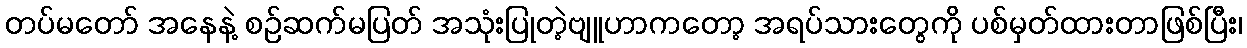
တပ်မတော် အနေနဲ့ စဉ်ဆက်မပြတ် အသုံးပြုတဲ့ဗျူဟာကတော့ အရပ်သားတွေကို ပစ်မှတ်ထားတာဖြစ်ပြီး၊